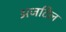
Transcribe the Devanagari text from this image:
अजटिल